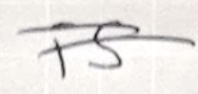
Text: is
Cross-out: double-line
Writing tool: ballpoint